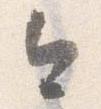
今